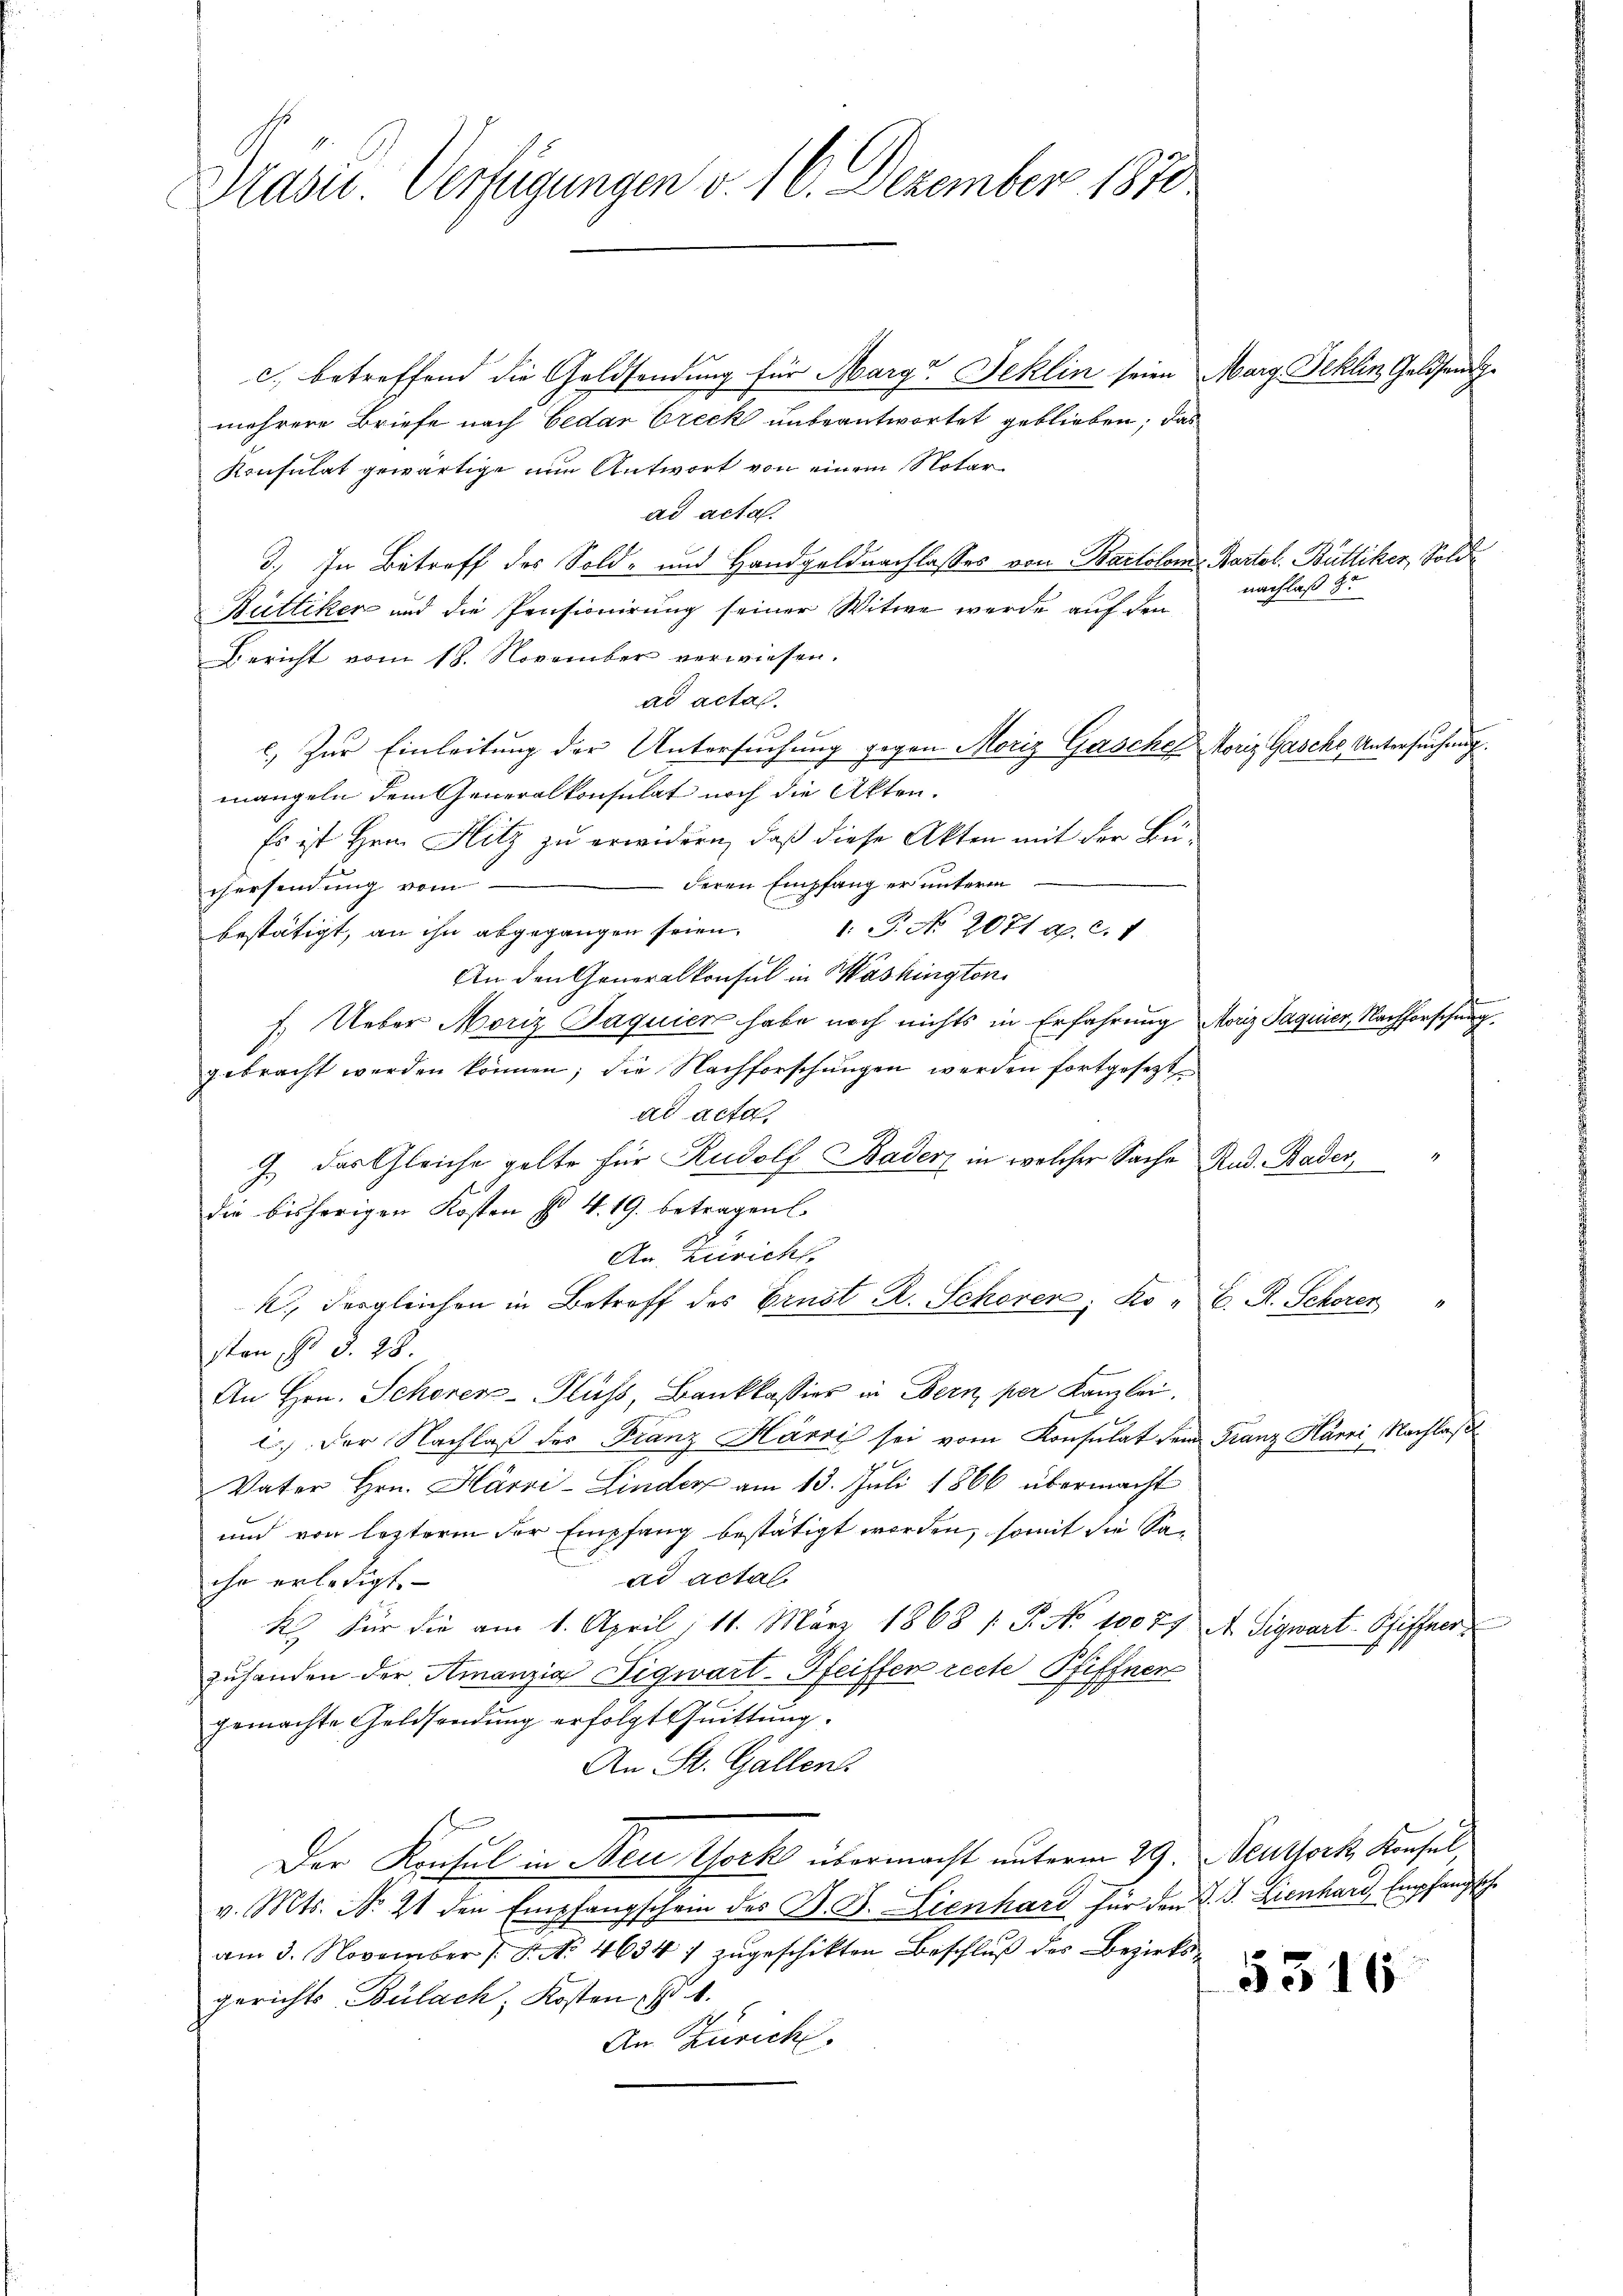
Präser. Verfügungen v. 16. Dezember 1870

c. betreffend die Geldsendung für Marg Jeklin seien Marg Jeklin Geldsend ge
mehrere Briefe nach bedar Creck unbeantwortet geblieben, das
Konsulat gewärtige nun Antwort von einem Notar
ad acta.
3.) In Betreff des Sold- und Handgeldnachlasses von Bartoloms Bartol. Büttiker, Sold
Büttiker und die Pensionirung seiner Witwe wurde auf den
Bericht vom 18. November verwiesen.
ad actas.
c. Zur Einleitung der Untersuchung gegen Moriz Gesche Moriz Gasche, Untersuchung
mangeln dem Generalkonsulat noch die Akten.
Es ist Hrn. Hitz zu erwidern, daß diese Akten mit der Bü-
deren Empfang er unterm
chersendung vom
bestätigt, an ihn abgegangen seien. 1. P. No. 2071 ap. c. 1
An den Generalkonsul in Washington
7. Ueber Moriz Jaquier habe noch nichts in Erfahrung Moriz Jaquier, Nachforschung
gebracht werden können; die Nachforschungen werden fortgesetzte
ad acta
J. das Gleiche gelte für Rudolf Bader in welcher Sache Rud. Bader,
die bisherigen Kosten §. 4. 19. betragen.
An Zürich
k., dergleichen in Betreff des Brust R. Schoren; Kosten §. §. 28.
An Hrn. Schorer-Fluss, Bankkassier in Bern, per Kanzlei.
c.) Der Nachlaß des Franz Härris sei vom Konsulat dem Franz Harri, Nachlaß
Vater Hrn. Härri-Linder am 13. Juli 1866 übermacht
und von lezterm der Empfang bestätigt werden, somit die Saad actal
ihr erledigt.
R. Für die am 1. April, 11. März 1868 1. P. No 10077 A. Siegwart-Schiffener
zuhanden der Amanzig Tigwart-Pfeiffer recte Pfiffnen
gemachte Geldsendung erfolgt Quittung.
An St. Gallens
Der Konsul in Neu York übermacht unterm 29. Neuork, Konsel
v. Mts. No. 21 den Empfangschein des B. G. Lienhard für den J. J. Lienhard Empfangsch
am 3. November /: P. Nr. 4634/ zŭgeschikten Beschlŭβ der Bezirksgerichts Bülach, Kosten d. 1.
An Zürich.

nachlaß 8t

E. R. Schoren

.

5316